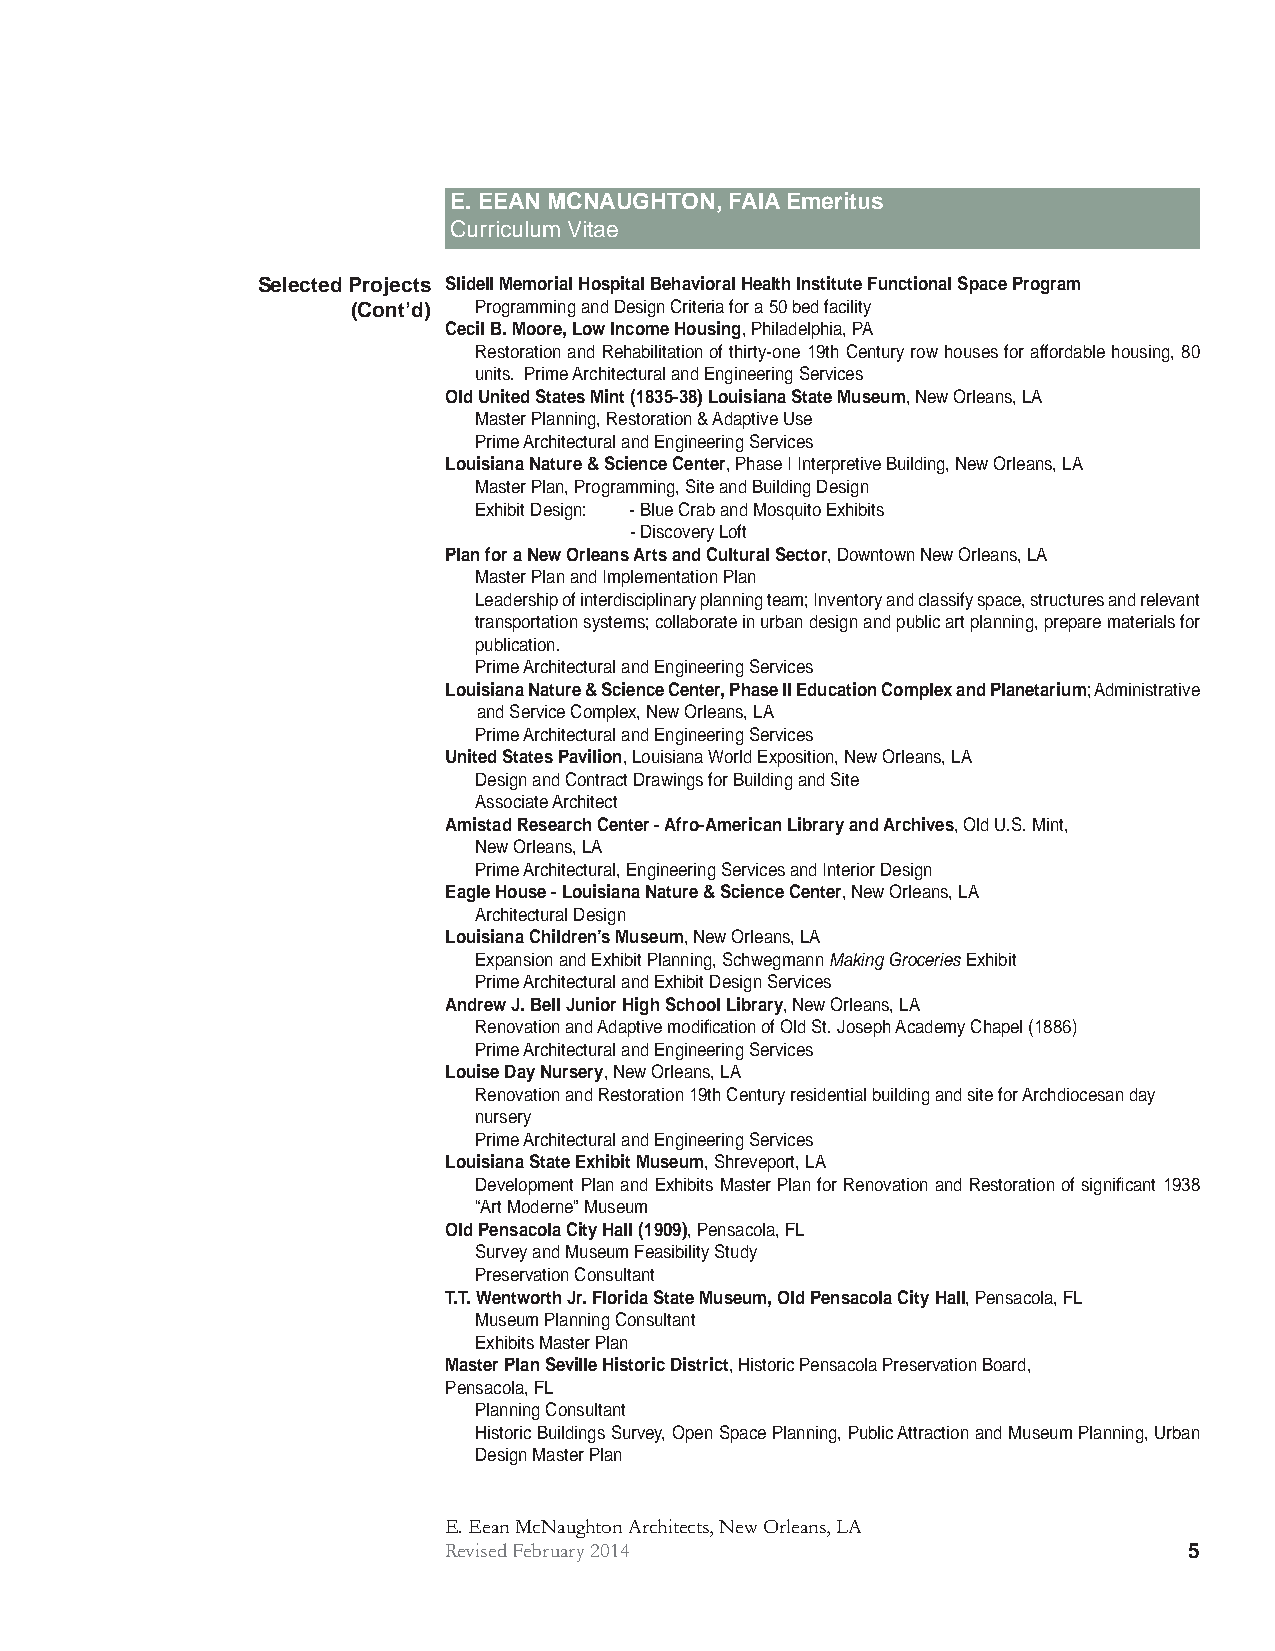
E. EEAN MCNAUGHTON, FAIA Emeritus
 Curriculum Vitae
 Selected Projects Slidell Memorial Hospital Behavioral Health Institute Functional Space Program
 (Cont’d) Programming and Design Criteria for a 50 bed facility
 Cecil B. Moore, Low Income Housing, Philadelphia, PA
 Restoration and Rehabilitation of thirty-one 19th Century row houses for affordable housing, 80
 units. Prime Architectural and Engineering Services
 Old United States Mint (1835-38) Louisiana State Museum, New Orleans, LA
 Master Planning, Restoration & Adaptive Use
 Prime Architectural and Engineering Services
 Louisiana Nature & Science Center, Phase I Interpretive Building, New Orleans, LA
 Master Plan, Programming, Site and Building Design
 Exhibit Design: - Blue Crab and Mosquito Exhibits
 - Discovery Loft
 Plan for a New Orleans Arts and Cultural Sector, Downtown New Orleans, LA
 Master Plan and Implementation Plan
 Leadership of interdisciplinary planning team; Inventory and classify space, structures and relevant
 transportation systems; collaborate in urban design and public art planning, prepare materials for
 publication.
 Prime Architectural and Engineering Services
 Louisiana Nature & Science Center, Phase II Education Complex and Planetarium; Administrative
 and Service Complex, New Orleans, LA
 Prime Architectural and Engineering Services
 United States Pavilion, Louisiana World Exposition, New Orleans, LA
 Design and Contract Drawings for Building and Site
 Associate Architect
 Amistad Research Center - Afro-American Library and Archives, Old U.S. Mint,
 New Orleans, LA
 Prime Architectural, Engineering Services and Interior Design
 Eagle House - Louisiana Nature & Science Center, New Orleans, LA
 Architectural Design
 Louisiana Children’s Museum, New Orleans, LA
 Expansion and Exhibit Planning, Schwegmann Making Groceries Exhibit
 Prime Architectural and Exhibit Design Services
 Andrew J. Bell Junior High School Library, New Orleans, LA
 Renovation and Adaptive modifi cation of Old St. Joseph Academy Chapel (1886)
 Prime Architectural and Engineering Services
 Louise Day Nursery, New Orleans, LA
 Renovation and Restoration 19th Century residential building and site for Archdiocesan day
 nursery
 Prime Architectural and Engineering Services
 Louisiana State Exhibit Museum, Shreveport, LA
 Development Plan and Exhibits Master Plan for Renovation and Restoration of signifi cant 1938
 “Art Moderne” Museum
 Old Pensacola City Hall (1909), Pensacola, FL
 Survey and Museum Feasibility Study
 Preservation Consultant
 T.T. Wentworth Jr. Florida State Museum, Old Pensacola City Hall, Pensacola, FL
 Museum Planning Consultant
 Exhibits Master Plan
 Master Plan Seville Historic District, Historic Pensacola Preservation Board,
 Pensacola, FL
 Planning Consultant
 Historic Buildings Survey, Open Space Planning, Public Attraction and Museum Planning, Urban
 Design Master Plan
 E. Eean McNaughton Architects, New Orleans, LA
 Revised February 2014                             5